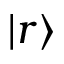
\left| r \right\rangle